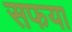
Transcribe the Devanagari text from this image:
सफया